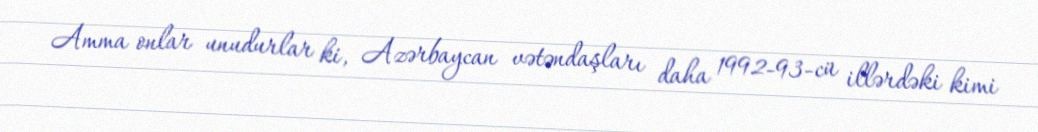
Amma onlar unudurlar ki, Azərbaycan vətəndaşları daha 1992-93-cü illərdəki kimi